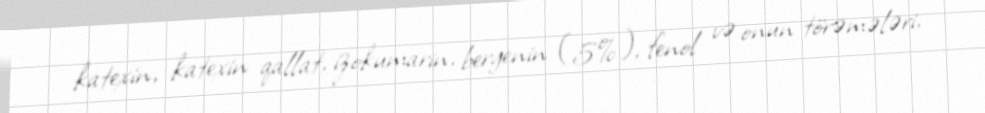
katexin, katexin qallat, izokumarin, bergenin (5%), fenol və onun törəmələri,